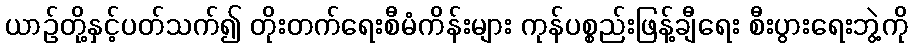
ယာဉ်တို့နှင့်ပတ်သက်၍ တိုးတက်ရေးစီမံကိန်းများ ကုန်ပစ္စည်းဖြန့်ချီရေး စီးပွားရေးဘွဲ့ကို